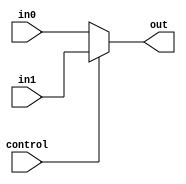
module Mux_AluOut(
    input wire [31:0] in0,
    input wire  [31:0] in1,
    input wire  control,
    output wire [31:0] out
    );

    assign out = (control == 1'b0) ? in0:
                 in1;
                 
endmodule